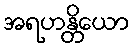
အရဟန္တိယော